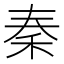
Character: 秦